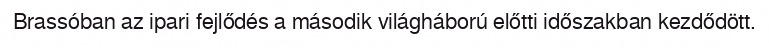
Brassóban az ipari fejlődés a második világháború előtti időszakban kezdődött.